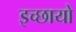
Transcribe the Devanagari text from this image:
इच्छायो